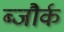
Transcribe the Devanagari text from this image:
ब्जौर्क